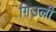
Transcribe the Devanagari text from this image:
गिउली